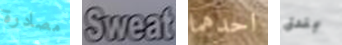
مصادرة Sweat احدهما بندق